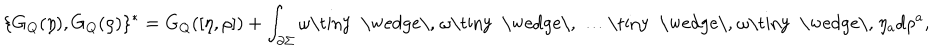
LaTeX: \{ G _ { Q } ( \eta ) , G _ { Q } ( \rho ) \} ^ { * } = G _ { Q } ( [ \eta , \rho ] ) + \int _ { \partial \Sigma } \omega \mathrm { \tiny ~ \wedge \, ~ } \omega \mathrm { \tiny ~ \wedge \, ~ } \dots \mathrm { \tiny ~ \wedge \, ~ } \omega \mathrm { \tiny ~ \wedge \, ~ } \eta _ { a } d \rho ^ { a } ,